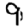
Digit: 9